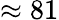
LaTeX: \approx 81